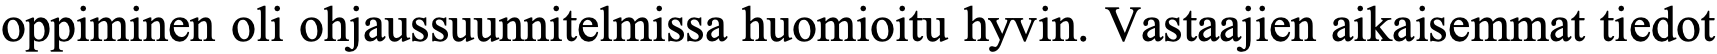
oppiminen oli ohjaussuunnitelmissa huomioitu hyvin. Vastaajien aikaisemmat tiedot